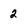
Character: 2